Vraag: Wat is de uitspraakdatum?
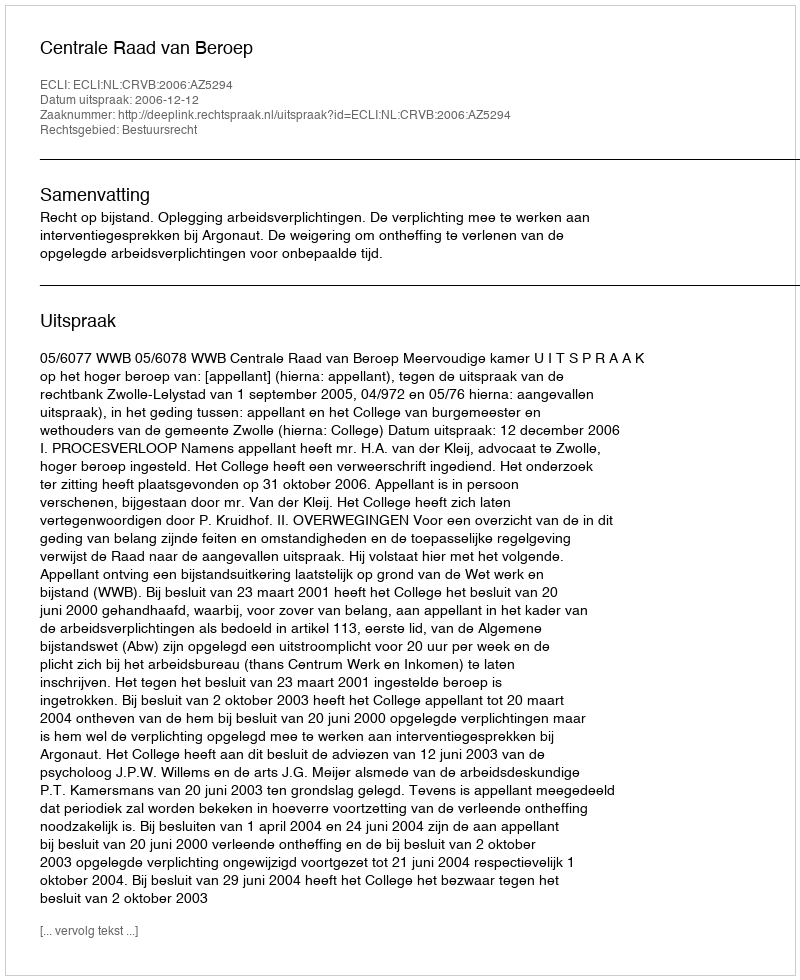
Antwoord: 2006-12-12